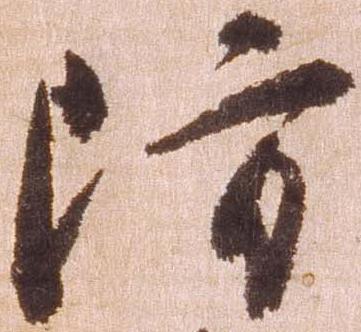
防